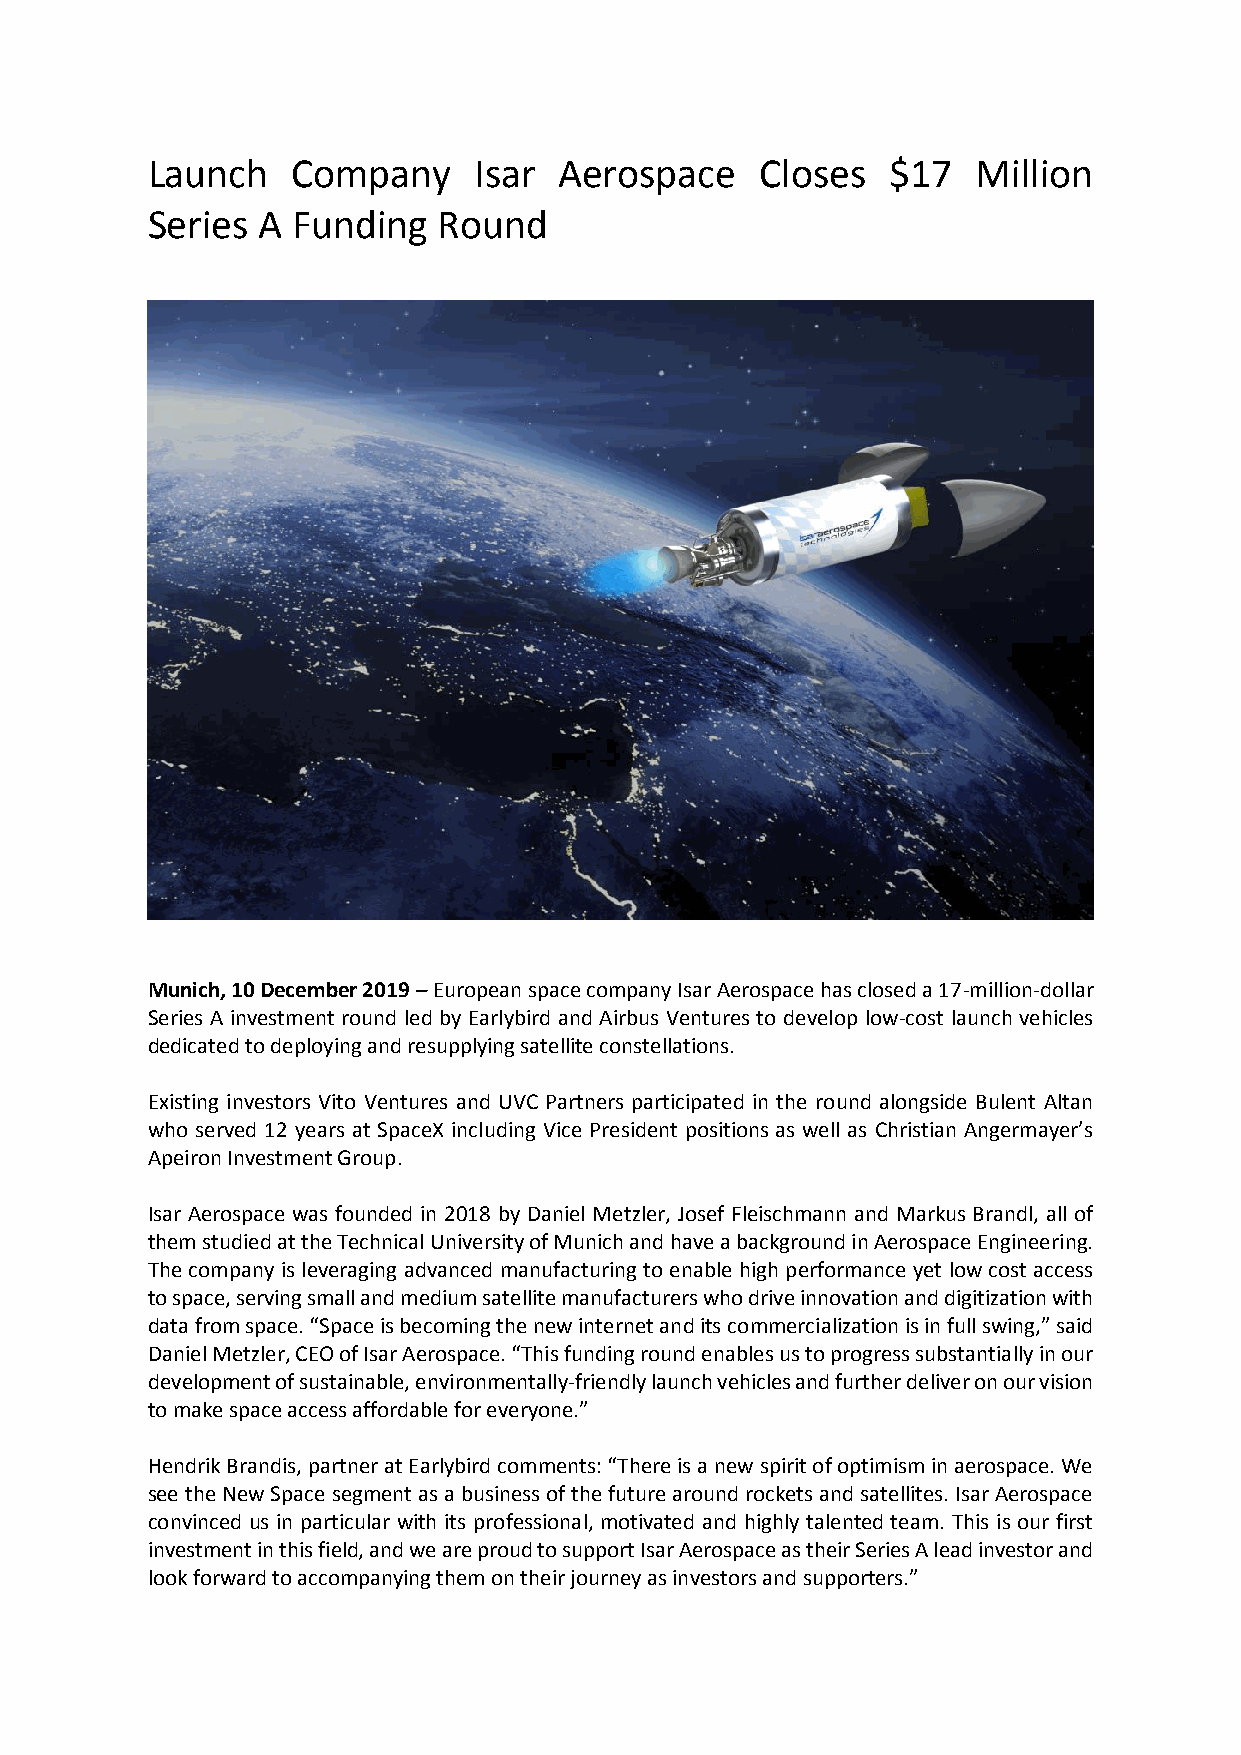
Launch   Company     Isar  Aerospace    Closes   $17   Million
 Series A Funding   Round
 Munich, 10 December 2019 – European space company Isar Aerospace has closed a 17-million-dollar
 Series A investment round led by Earlybird and Airbus Ventures to develop low-cost launch vehicles
 dedicated to deploying and resupplying satellite constellations.
 Existing investors Vito Ventures and UVC Partners participated in the round alongside Bulent Altan
 who served 12 years at SpaceX including Vice President positions as well as Christian Angermayer’s
 Apeiron Investment Group.
 Isar Aerospace was founded in 2018 by Daniel Metzler, Josef Fleischmann and Markus Brandl, all of
 them studied at the Technical University of Munich and have a background in Aerospace Engineering.
 The company is leveraging advanced manufacturing to enable high performance yet low cost access
 to space, serving small and medium satellite manufacturers who drive innovation and digitization with
 data from space. “Space is becoming the new internet and its commercialization is in full swing,” said
 Daniel Metzler, CEO of Isar Aerospace. “This funding round enables us to progress substantially in our
 development of sustainable, environmentally-friendly launch vehicles and further deliver on our vision
 to make space access affordable for everyone.”
 Hendrik Brandis, partner at Earlybird comments: “There is a new spirit of optimism in aerospace. We
 see the New Space segment as a business of the future around rockets and satellites. Isar Aerospace
 convinced us in particular with its professional, motivated and highly talented team. This is our first
 investment in this field, and we are proud to support Isar Aerospace as their Series A lead investor and
 look forward to accompanying them on their journey as investors and supporters.”